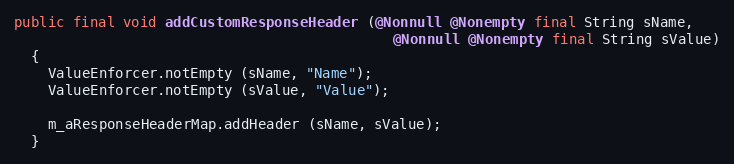
Language: Java
public final void addCustomResponseHeader (@Nonnull @Nonempty final String sName,
                                             @Nonnull @Nonempty final String sValue)
  {
    ValueEnforcer.notEmpty (sName, "Name");
    ValueEnforcer.notEmpty (sValue, "Value");

    m_aResponseHeaderMap.addHeader (sName, sValue);
  }